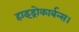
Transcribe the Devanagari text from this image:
हाइड्रोकार्बन्स।